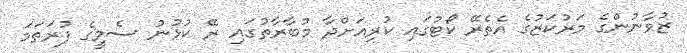
ޒުވާނުންގެ މަރުކަޒުގެ އެތެރޭ ކޯޓުގައި ކުރިއަށްދާ މުބާރާތުގައި ރޭ ކުޅުނު ސެމީގެ ފުރަތަމަ